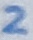
Text: 2